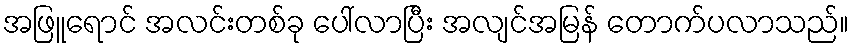
အဖြူရောင် အလင်းတစ်ခု ပေါ်လာပြီး အလျင်အမြန် တောက်ပလာသည်။